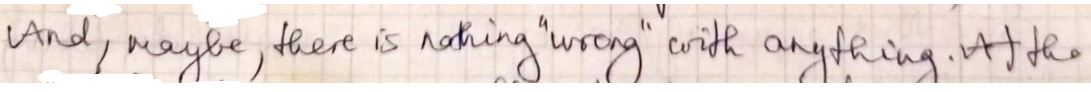
And, maybe, there is nothing "wrong" with anything. At the